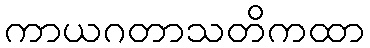
ကာယဂတာသတိကထာ